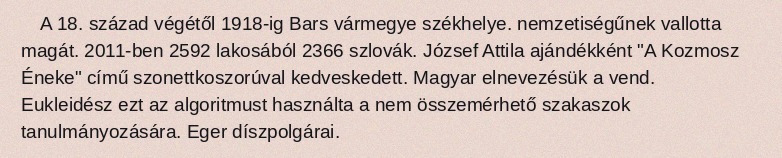
A 18. század végétől 1918-ig Bars vármegye székhelye. nemzetiségűnek vallotta magát. 2011-ben 2592 lakosából 2366 szlovák. József Attila ajándékként "A Kozmosz Éneke" című szonettkoszorúval kedveskedett. Magyar elnevezésük a vend. Eukleidész ezt az algoritmust használta a nem összemérhető szakaszok tanulmányozására. Eger díszpolgárai.